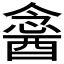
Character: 𨡣